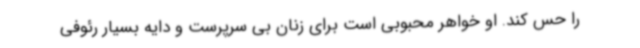
را حس کند. او خواهر محبوبی است برای زنان بی سرپرست و دایه بسیار رئوفی